Annual report of the Civil Veterinary Department, Bengal, for the year 1897-98 - 1897-1898
Year: 1897
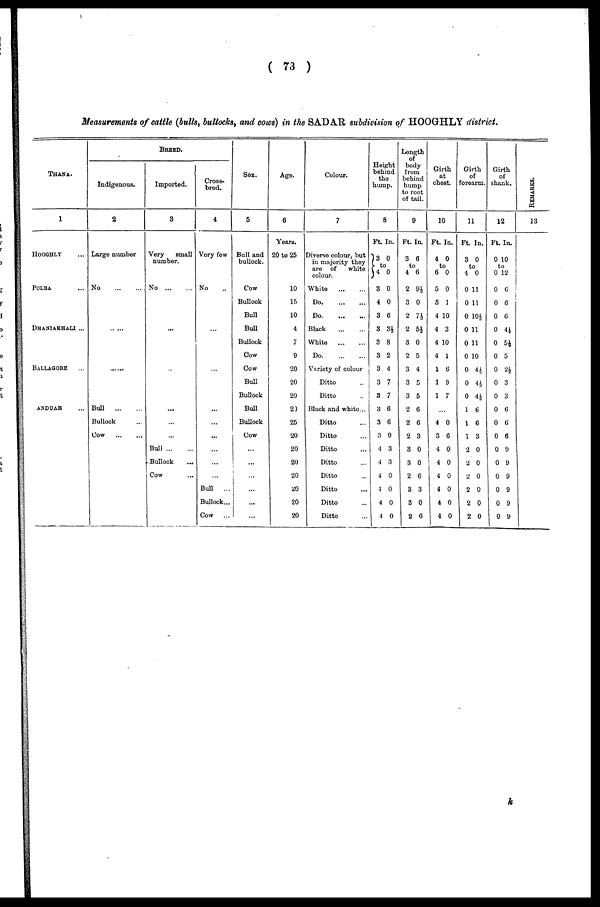
( 73 )
Measurements of cattle (bulls, bullocks, and cows) in the SADAR subdivision of HOOGHLY district.
THANA.
1
HOOGHLY ...
POLBA ...
DHANIAKHALI...
BALLAGORE ...
ANDUAH ...
BREED.
Indigenous.
2
Large number
No
...
...
........
Bull
...
...
Bullock ...
Cow
...
...
Imported.
3
Very
small
number.
No
...
...
...
...
...
...
...
Bull
...
...
Bullock ...
Cow ...
Cross-
bred.
4
Very few
No ...
...
...
...
...
...
...
...
...
Bull
...
Bullock...
Cow
...
Sex.
5
Bull and
bullock.
Cow
Bullock
Bull
Bull
Bullock
Cow
Cow
Bull
Bullock
Bull
Bullock
Cow
...
...
...
...
...
...
Age.
6
Years.
20 to 25
10
15
10
4
7
9
20
20
20
2)
25
20
20
20
20
20
20
20
Colour.
7
Diverse colour, but
in majority they
are of
white
colour.
White
...
...
Do
...
...
Do
...
...
Black
...
...
White ... ...
Do
...
...
Variety of colour
Ditto ...
Ditto ...
Black and white...
Ditto ...
Ditto ...
Ditto ...
Ditto ...
Ditto ...
Ditto ...
Ditto ...
Ditto ...
Height
behind
the
hump.
8
Ft.
3 0
to
4
3
4
3
3
3
3
3
3
3
3
3
3
4
4
4
4
4
4
In.
0
0
0
6
3½
8
2
4
7
7
6
6
0
3
3
0
0
0
0
Length
of
body
from
behind
hump
to root
of tail.
9
Ft.
3
to
4
2
3
2
2
3
2
3
3
3
2
2
2
3
3
2
3
3
2
In.
60
6
9½
0
71
5½
0
5
4
5
5
6
6
3
0
0
6
3
0
6
Girth
at
chest.
10
Ft.
4
to
6
5
5
4
4
4
4
1
1
1
...
4
3
4
4
4
4
4
4
In.
0
0
0
1
10
3
10
1
6
9
7
0
6
0
0
0
0
0
0
Girth
of
forearm.
11
Ft.
3
to
4
0
0
0
0
0
0
0
0
0
1
1
1
2
2
2
2
2
2
In,
0
0
11
11
10½
11
11
10
4½
4½
4½
6
6
3
0
0
0
0
0
0
Girth
of
shank.
12
Ft.
0 10
to
0
0
0
0
0
0
0
0
0
0
0
0
0
0
0
0
0
0
0
In.
12
6
6
6
4½
5½
5
2½
3
3
6
6
6
9
9
9
9
9
9
REAMRKS .
13
k